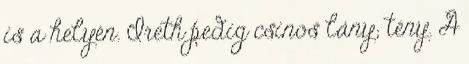
is a helyén. Ireth pedig csinos lány; tény. A